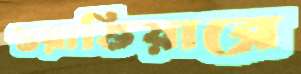
গুয়াভিয়ারে